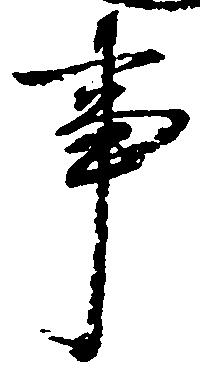
事